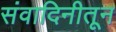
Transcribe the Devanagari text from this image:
संवादिनीतून